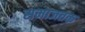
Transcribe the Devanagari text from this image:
समाजतक